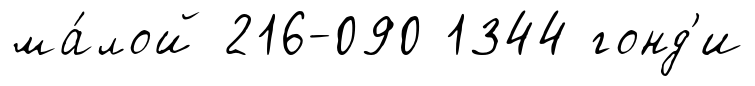
ма́лой 216-090 1344 гонд'и